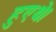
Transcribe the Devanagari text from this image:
हुएथे।